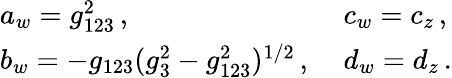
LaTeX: \begin{array}{ll}{{a_{w}=g_{123}^{2}\, ,\; }}&{{c_{w}=c_{z}\, ,}}\\ {{b_{w}=-g_{123}(g_{3}^{2}-g_{123}^{2})^{1/2}\, ,\; }}&{{d_{w}=d_{z}\, .}}\end{array}